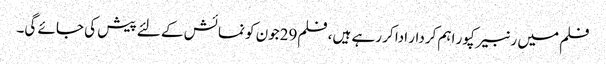
فلم میں رنبیر کپور اہم کردار ادا کر رہے ہیں، فلم29جون کو نمائش کے لئے پیش کی جائے گی۔